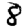
Digit: 8